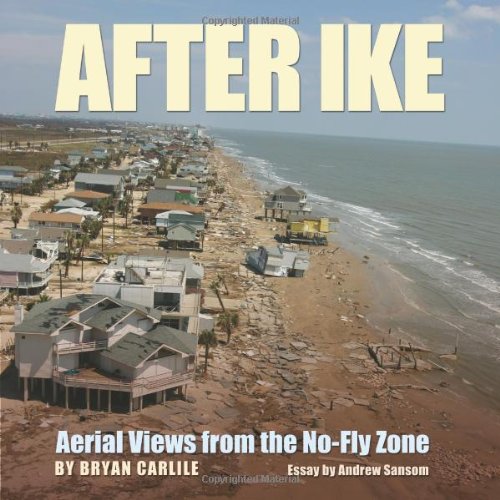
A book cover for After Ike: Aerial Views from the No-Fly Zone (Gulf Coast Books, sponsored by Texas A&M University-Corpus Christi); Bryan Carlile; Arts & Photography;